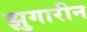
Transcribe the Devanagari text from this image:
झुगारीन